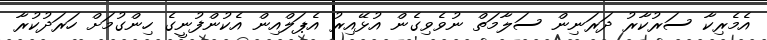
އެމެރިކާ ސަރުކާރު ދަރަނިން ސަލާމަތް ނުވެވިގެން އުޅޭއިރު އެޕަލްއިން އެކުންފުނީގެ ހިންގުމަށް ހަރަދުކުރާ